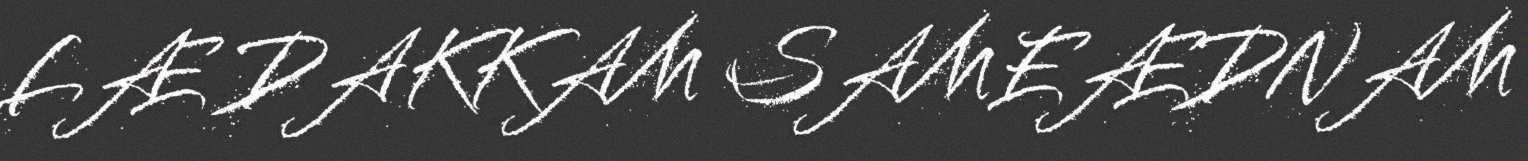
LÆ DAKKAM SAMEÆDNAM